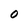
Character: O